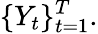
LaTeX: \{ {Y}_{t}\} _{t=1}^{T}.